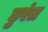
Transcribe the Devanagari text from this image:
डुरंत